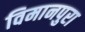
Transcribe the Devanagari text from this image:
विमानपुरा